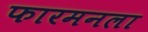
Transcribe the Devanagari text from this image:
फारमनला